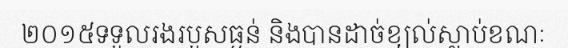
២០១៥ទទួលរងរបួសធ្ងន់ និងបានដាច់ខ្យល់ស្លាប់ខណៈ